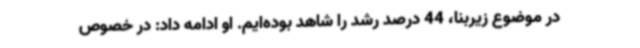
در موضوع زیربنا، 44 درصد رشد را شاهد بوده‌ایم. او ادامه داد: در خصوص